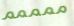
ممممم